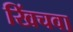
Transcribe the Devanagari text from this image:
खिंचवा